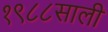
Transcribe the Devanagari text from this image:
१९८८साली